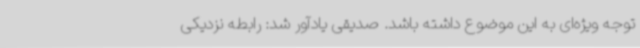
توجه ویژه‌ای به این موضوع داشته باشد. صدیقی یادآور شد: رابطه نزدیکی